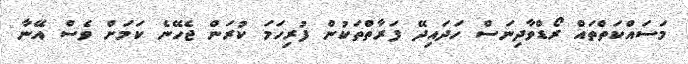
މަސައްކަތްތައް ރޯޑްވާދިނަސް ހަދައިދޭ ފަރާތްތަކުން ފުރިހަމަ ކުރަން ޖެހޭނެ ކަމަށް ވެސް އޭނާ